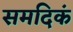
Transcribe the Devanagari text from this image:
समदिकं